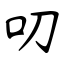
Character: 叨